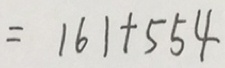
= 1 6 1 + 5 5 4